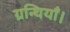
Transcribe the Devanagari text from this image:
ग्रन्थियाँ।